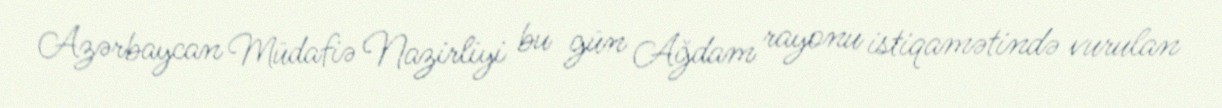
Azərbaycan Müdafiə Nazirliyi bu gün Ağdam rayonu istiqamətində vurulan